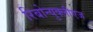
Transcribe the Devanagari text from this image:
रिबोन्युक्लीएज